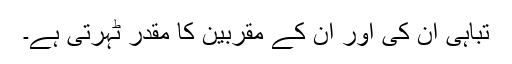
تباہی ان کی اور ان کے مقربین کا مقدر ٹہرتی ہے۔